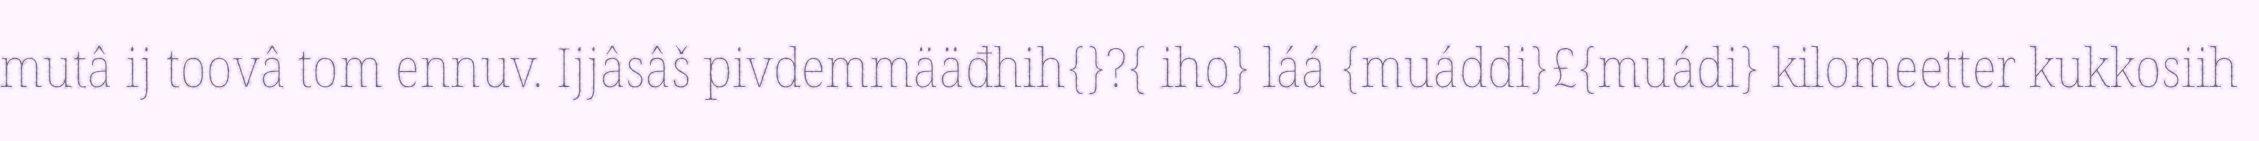
mutâ ij toovâ tom ennuv. Ijjâsâš pivdemmääđhih{}?{ iho} láá {muáddi}£{muádi} kilomeetter kukkosiih